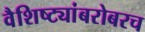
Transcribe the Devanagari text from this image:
वैशिष्ट्यांबरोबरच